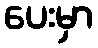
ပေးမှာ